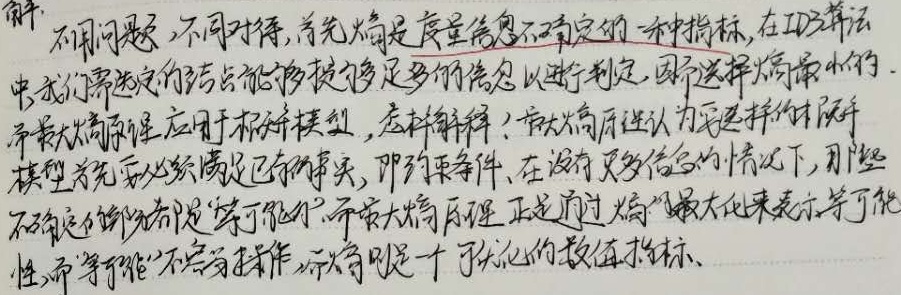
解：不同问题，不同对待。首先，熵是度量信息不确定性的一种指标。在ID3算法中，我们需选定的结点能够提供足够多的信息以进行判定，因而选择熵最小的。而最大熵原理应用于概率模型，怎样解释呢？最大熵原理认为，要选择的概率模型首先必须满足已知事实，即约束条件。在没有更多信息的情况下，对于不确定的事物希望“等可能”，而最大熵原理正是通过熵的最大化来表示等可能性。然而，“等可能”不容易操作，而熵则是一个可优化的数值指标。